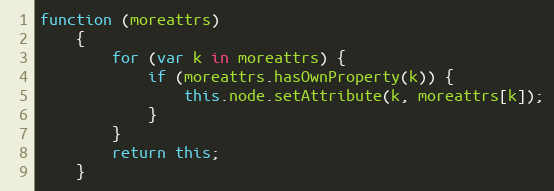
Language: JavaScript
function (moreattrs)
    {
        for (var k in moreattrs) {
            if (moreattrs.hasOwnProperty(k)) {
                this.node.setAttribute(k, moreattrs[k]);
            }
        }
        return this;
    }